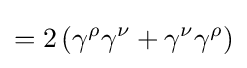
=2\left(\gamma ^{\rho }\gamma ^{\nu }+\gamma ^{\nu }\gamma ^{\rho }\right)